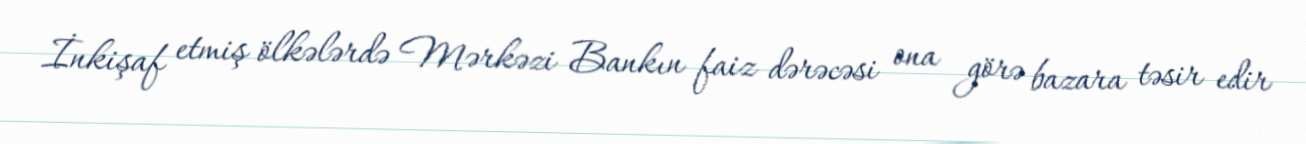
İnkişaf etmiş ölkələrdə Mərkəzi Bankın faiz dərəcəsi ona görə bazara təsir edir